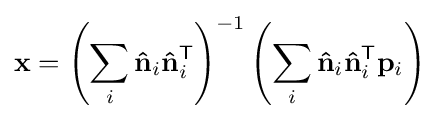
\mathbf {x} =\left(\sum _{i}\mathbf {\hat {n}} _{i}\mathbf {\hat {n}} _{i}^{\mathsf {T}}\right)^{-1}\left(\sum _{i}\mathbf {\hat {n}} _{i}\mathbf {\hat {n}} _{i}^{\mathsf {T}}\mathbf {p} _{i}\right)